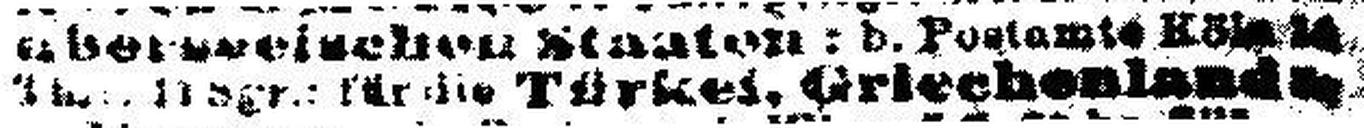
Thlr. 11 Sgr.; für die Türkei. Griechenlands